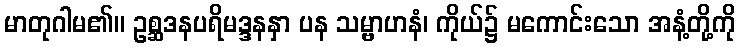
မာတုဂါမ၏။ ဥစ္ဆဒနပရိမဒ္ဒနနှာ ပန သမ္ဗာဟနံ၊ ကိုယ်၌ မကောင်းသော အနံ့တို့ကို